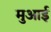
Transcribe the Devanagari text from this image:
मुआई